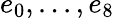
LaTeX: e_{0},...,e_{8}